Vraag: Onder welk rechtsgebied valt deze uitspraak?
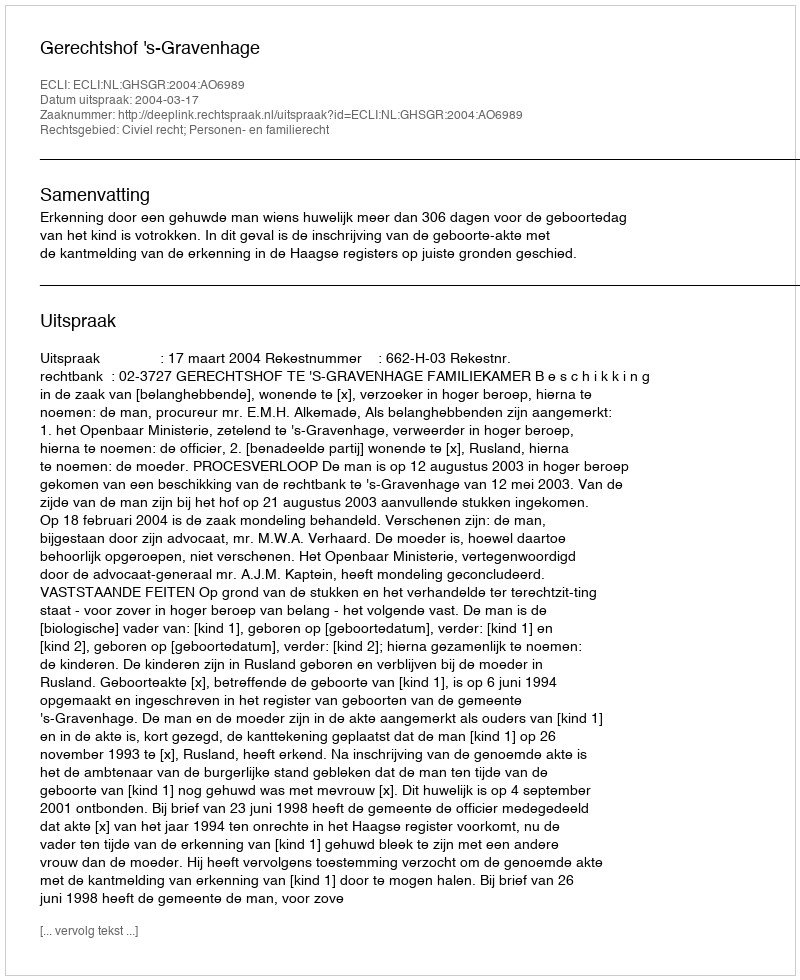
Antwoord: Civiel recht; Personen- en familierecht